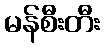
မန်စီးတီး